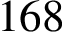
1 6 8